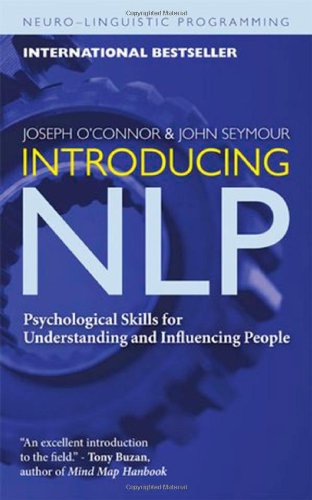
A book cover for Introducing NLP: Psychological Skills for Understanding and Influencing People (Neuro-Linguistic Programming); Joseph O'Connor; Self-Help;